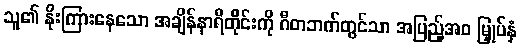
သူ၏ နိုးကြားနေသော အချိန်နာရီတိုင်းကို ဂီတဘက်တွင်သာ အပြည့်အဝ မြှုပ်နှံ